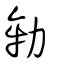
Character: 劺